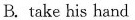
B. take his hand